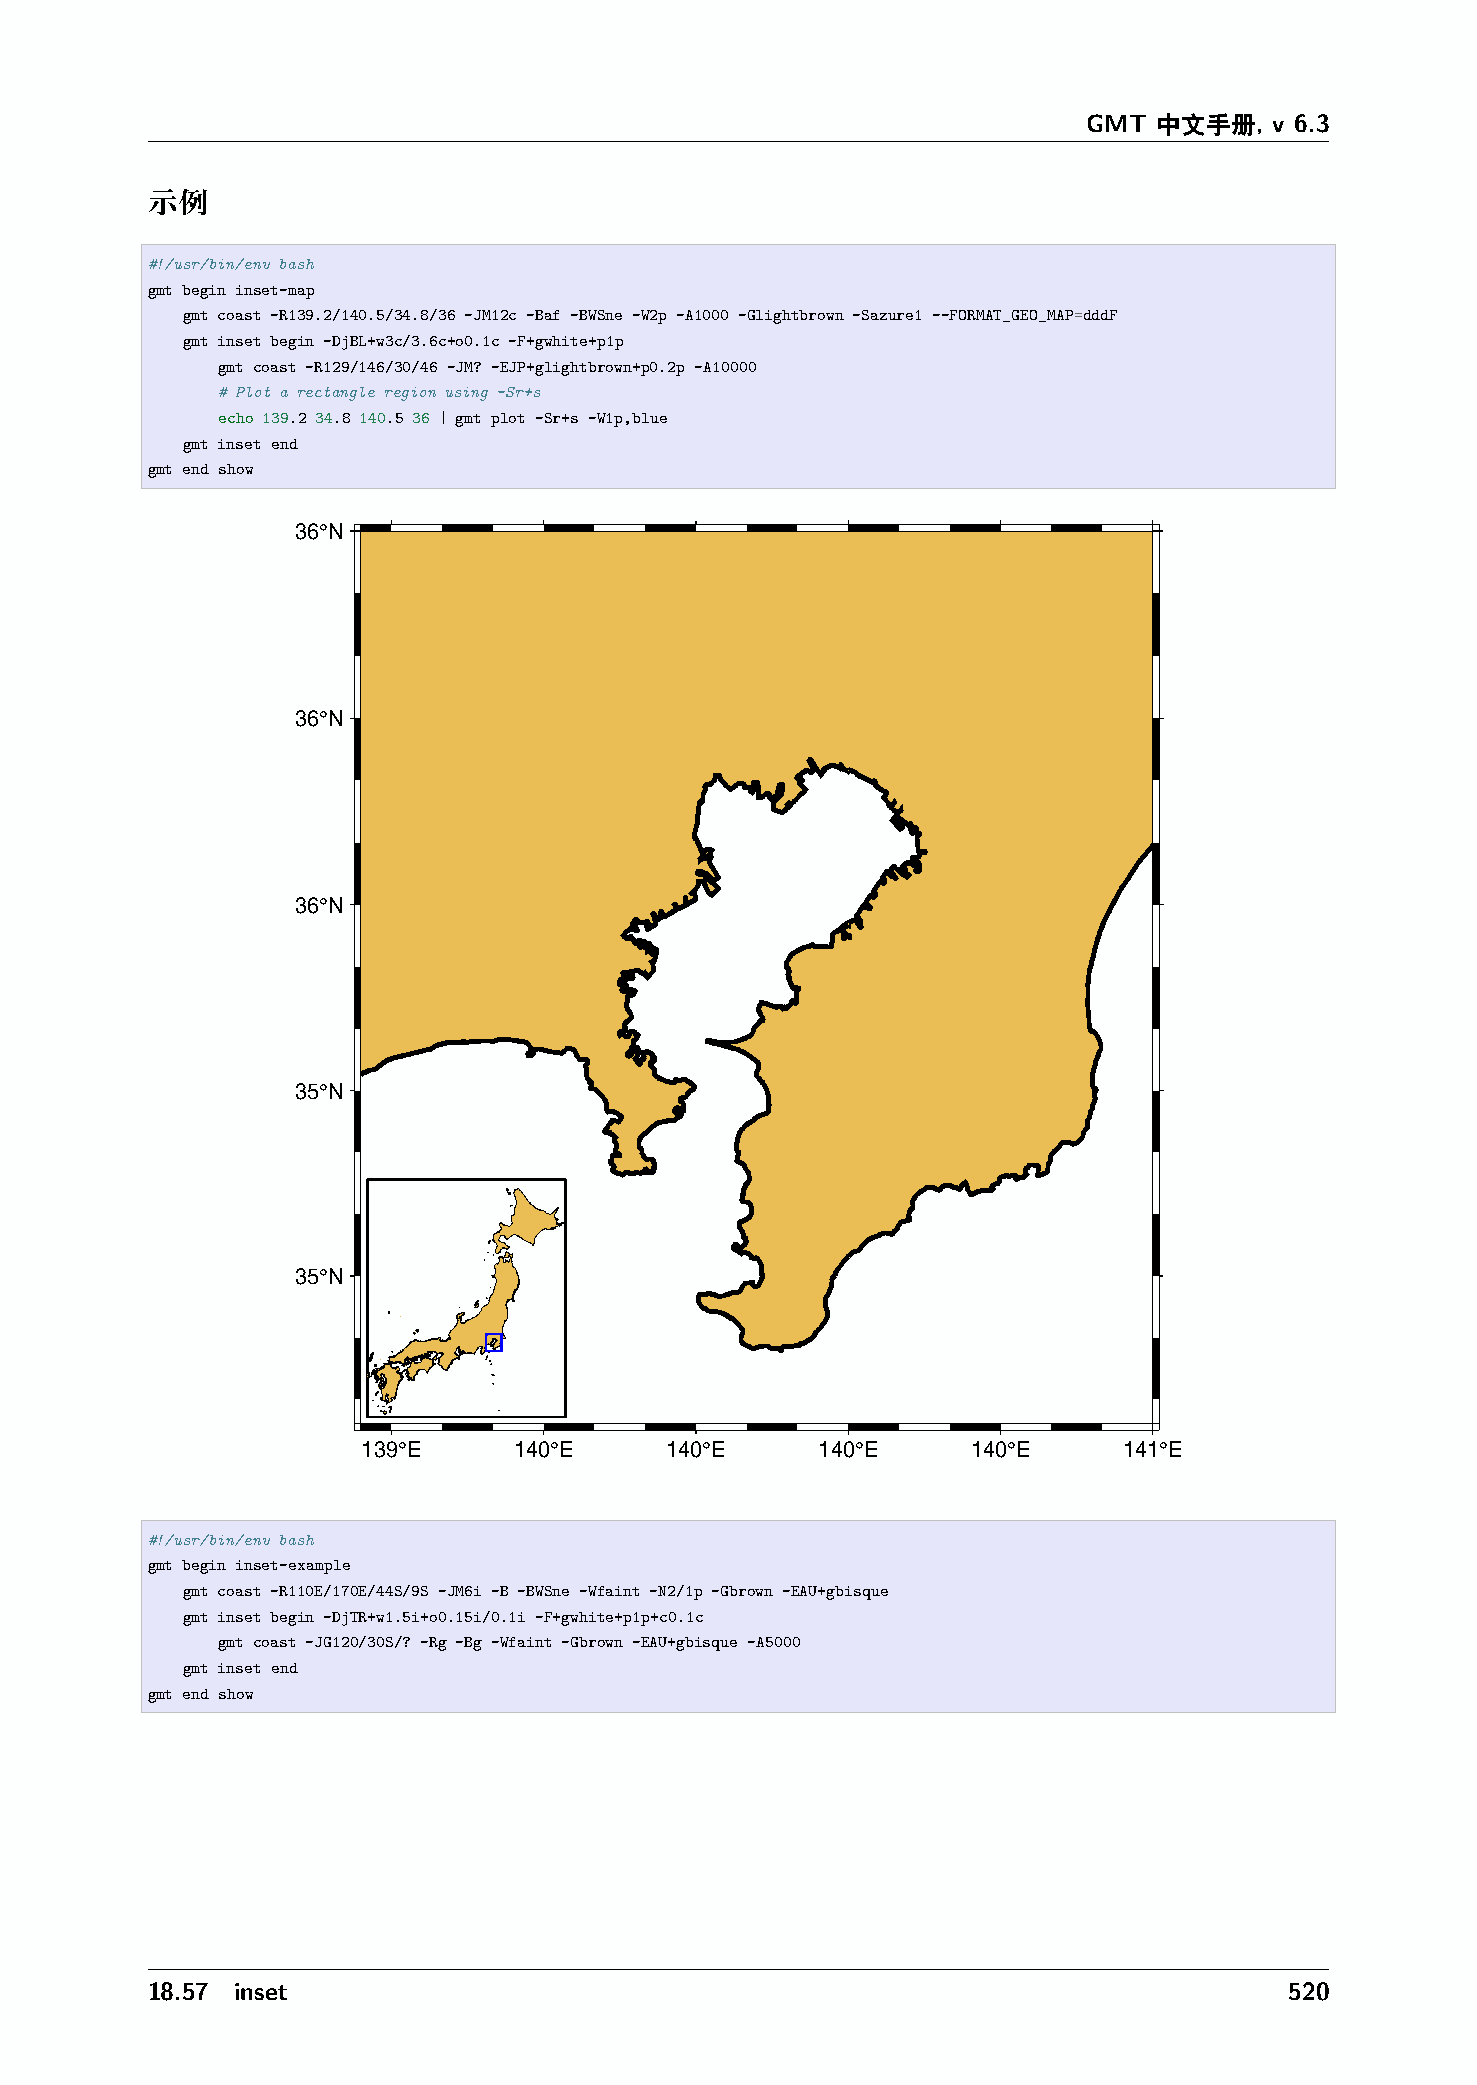
GMT  中文手册,  v 6.3
 示例
 #!/usr/bin/env bash
 gmt begin inset-map
 gmt coast -R139.2/140.5/34.8/36 -JM12c -Baf -BWSne -W2p -A1000 -Glightbrown -Sazure1 --FORMAT_GEO_MAP=dddF
 gmt inset begin -DjBL+w3c/3.6c+o0.1c -F+gwhite+p1p
 gmt coast -R129/146/30/46 -JM? -EJP+glightbrown+p0.2p -A10000
 # Plot a rectangle region using -Sr+s
 echo 139.2 34.8 140.5 36 | gmt plot -Sr+s -W1p,blue
 gmt inset end
 gmt end show
 36°N
 36°N
 36°N
 35°N
 35°N
 139°E     140°E     140°E     140°E     140°E     141°E
 #!/usr/bin/env bash
 gmt begin inset-example
 gmt coast -R110E/170E/44S/9S -JM6i -B -BWSne -Wfaint -N2/1p -Gbrown -EAU+gbisque
 gmt inset begin -DjTR+w1.5i+o0.15i/0.1i -F+gwhite+p1p+c0.1c
 gmt coast -JG120/30S/? -Rg -Bg -Wfaint -Gbrown -EAU+gbisque -A5000
 gmt inset end
 gmt end show
 18.57 inset                                                                520